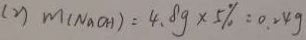
( 2 ) m ( N a O H ) = 4 . 8 g \times 5 \% = 0 . 2 4 g